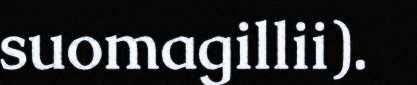
suomagillii).